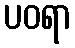
ပဝရာ